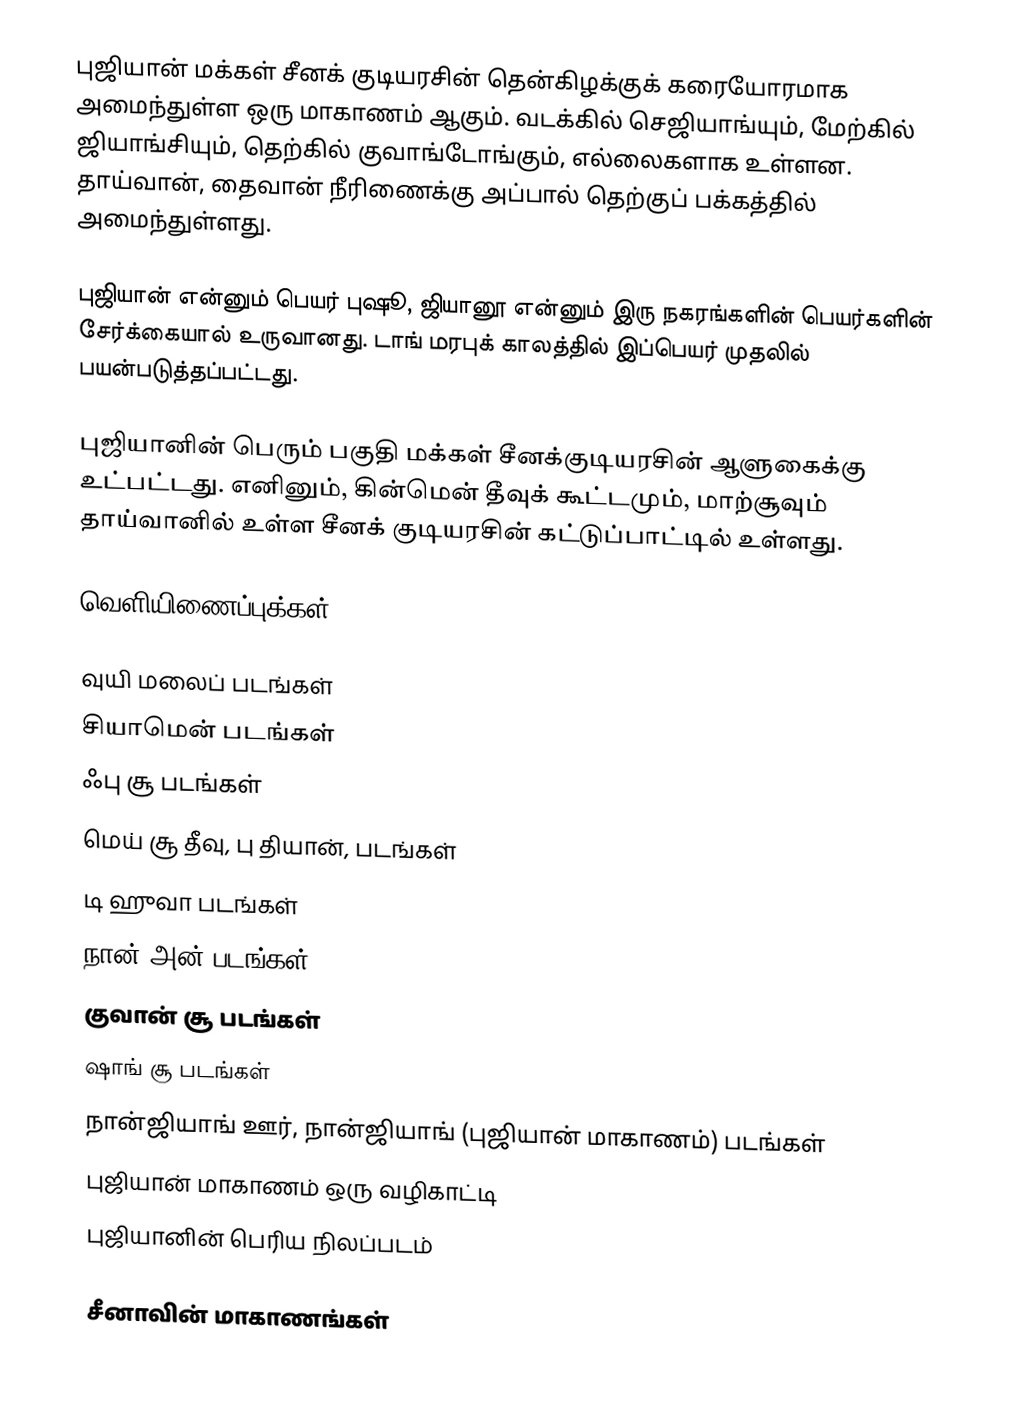
புஜியான் மக்கள் சீனக் குடியரசின் தென்கிழக்குக் கரையோரமாக அமைந்துள்ள ஒரு மாகாணம் ஆகும். வடக்கில் செஜியாங்யும், மேற்கில் ஜியாங்சியும், தெற்கில் குவாங்டோங்கும், எல்லைகளாக உள்ளன. தாய்வான், தைவான் நீரிணைக்கு அப்பால் தெற்குப் பக்கத்தில் அமைந்துள்ளது.

புஜியான் என்னும் பெயர் புஷூ, ஜியானூ என்னும் இரு நகரங்களின் பெயர்களின் சேர்க்கையால் உருவானது. டாங் மரபுக் காலத்தில் இப்பெயர் முதலில் பயன்படுத்தப்பட்டது.

புஜியானின் பெரும் பகுதி மக்கள் சீனக்குடியரசின் ஆளுகைக்கு உட்பட்டது. எனினும், கின்மென் தீவுக் கூட்டமும், மாற்சூவும் தாய்வானில் உள்ள சீனக் குடியரசின் கட்டுப்பாட்டில் உள்ளது.

வெளியிணைப்புக்கள்

 வுயி மலைப் படங்கள்
 சியாமென் படங்கள்
 ஃபு சூ படங்கள்
 மெய் சூ தீவு, பு தியான், படங்கள்
 டி ஹுவா படங்கள்
 நான் அன் படங்கள்
 குவான் சூ படங்கள்
 ஷாங் சூ படங்கள்
 நான்ஜியாங் ஊர், நான்ஜியாங் (புஜியான் மாகாணம்) படங்கள்
 புஜியான் மாகாணம் ஒரு வழிகாட்டி
 புஜியானின் பெரிய நிலப்படம்

சீனாவின் மாகாணங்கள்